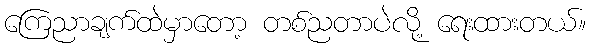
ကြေညာချက်ထဲမှာတော့ တစ်ညတာပဲလို့ ရေးထားတယ်။